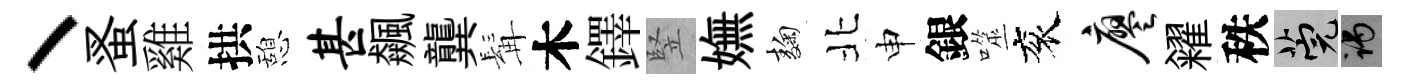
丶蚤雞拱憩甚飆龔髯木鐸竪嫵麹北申銀噬衮廖糴秩筦谒